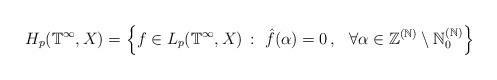
LaTeX: \begin{align*}H_{p}(\mathbb{T}^{\infty},X) = \Big\{ f \in L_{p} (\mathbb{T}^{\infty},X) \,:\,\, \hat{f}(\alpha) = 0 \, , \, \,\, \,\forall \alpha \in \mathbb{Z}^{(\mathbb{N})} \setminus \mathbb{N}_{0}^{(\mathbb{N})} \Big\}\end{align*}